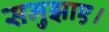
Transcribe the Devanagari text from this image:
समुझाए।